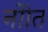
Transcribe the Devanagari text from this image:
नोाेत